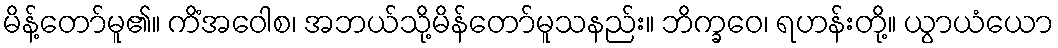
မိန့်တော်မူ၏။ ကိံအဝေါစ၊ အဘယ်သို့မိန်တော်မူသနည်း။ ဘိက္ခဝေ၊ ရဟန်းတို့။ ယွာယံယော